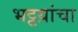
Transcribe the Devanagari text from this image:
भट्टय़ांचा